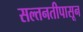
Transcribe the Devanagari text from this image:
सल्तनतीपासून